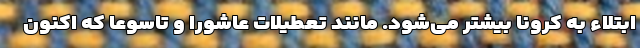
ابتلاء به کرونا بیشتر می‌شود. مانند تعطیلات عاشورا و تاسوعا که اکنون